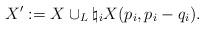
LaTeX: \begin{align*}X':=X \cup_{L} \natural_i X(p_i,p_i-q_i).\end{align*}